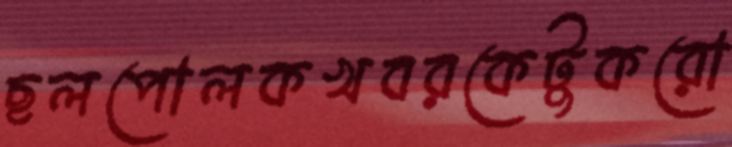
ছলপোলকখবরকেটুকরো